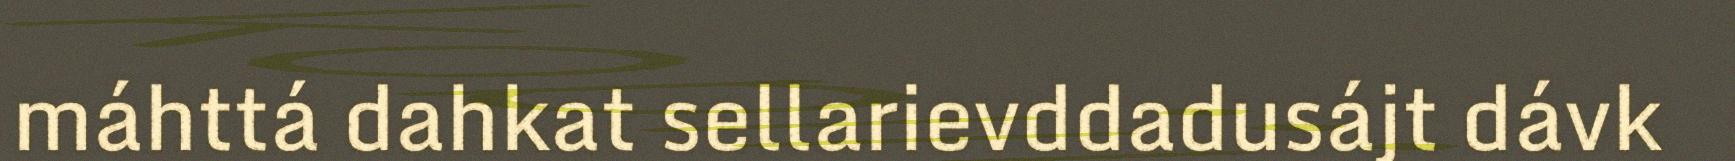
máhttá dahkat sellarievddadusájt dávk